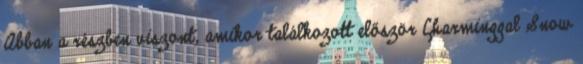
Abban a részben viszont, amikor találkozott először Charminggal Snow